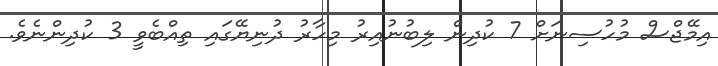
އިމޭޖްސް މުހުސިނަށް 7 ކުދިން ލިބުނުއިރު މިހާރު ދުނިޔޭގައި ތިއްބެވީ 3 ކުދިންނެވެ.